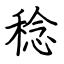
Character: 稔